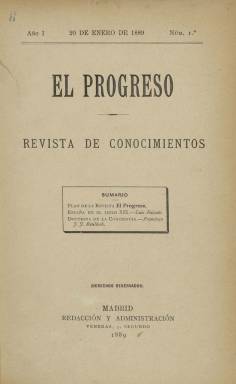
Título: El Progreso (Madrid. 1889)
Colección: Cultura
Ámbito geográfico: Madrid
Lugar de publicación: Madrid
Fechas: 01/01/1889-31/12/1889

Esta publicación mensual de vida efímera lleva el subtítulo de Revista de Conocimientos y, según declaraba, se proponía defender intereses comunes a todos los hombres por encima de las diferencias que les separan. Así, en su primer número de 20 de enero de 1889, afirma que su objeto es “investigar los esenciales fundamentos del Derecho, hacer constar la objetividad del mismo, bosquejar la organización social exigida por la Razón, y al presente oportuna, mediante la exposición fundamental y la crítica de las instituciones en la organización presente”.

Como se ve, un lenguaje rebuscado dirigido a un público culto, lo que posiblemente hiciera  muy minoritaria la revista y explique su pronta desaparición,  pues la colección de la BNE llega hasta el número 11, de 20 de noviembre de 1889, y no parece que se prolongara mucho más.

    La publicación anunciaba asimismo en su primer número  su intención de tratar asuntos filosóficos, científicos, sociológicos, jurídicos y políticos, así como los literarios. Y se proponía  además formar una biblioteca con plan orgánico para constituir una “Enciclopedia Popular”.

  Pero más que popular era una revista doctrinal con artículos de fondo para un público de cierto nivel cultural. El enunciado de alguno de ellos puede dar idea de su contenido:  España en el siglo XIX; Doctrina de la conciencia; Doctrina de la propiedad; El diablo en la literatura; Concepto elemental y crítico de la democracia; Ensayo de crítica religiosa; La revolución.

   La revista, no obstante, no desdeñaba la publicidad comercial en sus páginas, lo que era ya una tendencia dominante en la prensa.

---

Sólo se conservan las portadas del primer número y del último. Se han digitalizado todos como un único ejemplar.

[Descripción publicada el 26/7/2018]